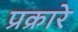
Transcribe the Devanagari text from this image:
प्रक्रारे